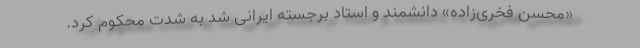
«محسن فخری‌زاده» دانشمند و استاد برجسته ایرانی شد به شدت محکوم کرد.